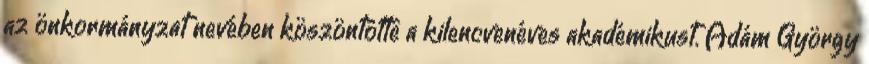
az önkormányzat nevében köszöntötte a kilencvenéves akadémikust. Ádám György